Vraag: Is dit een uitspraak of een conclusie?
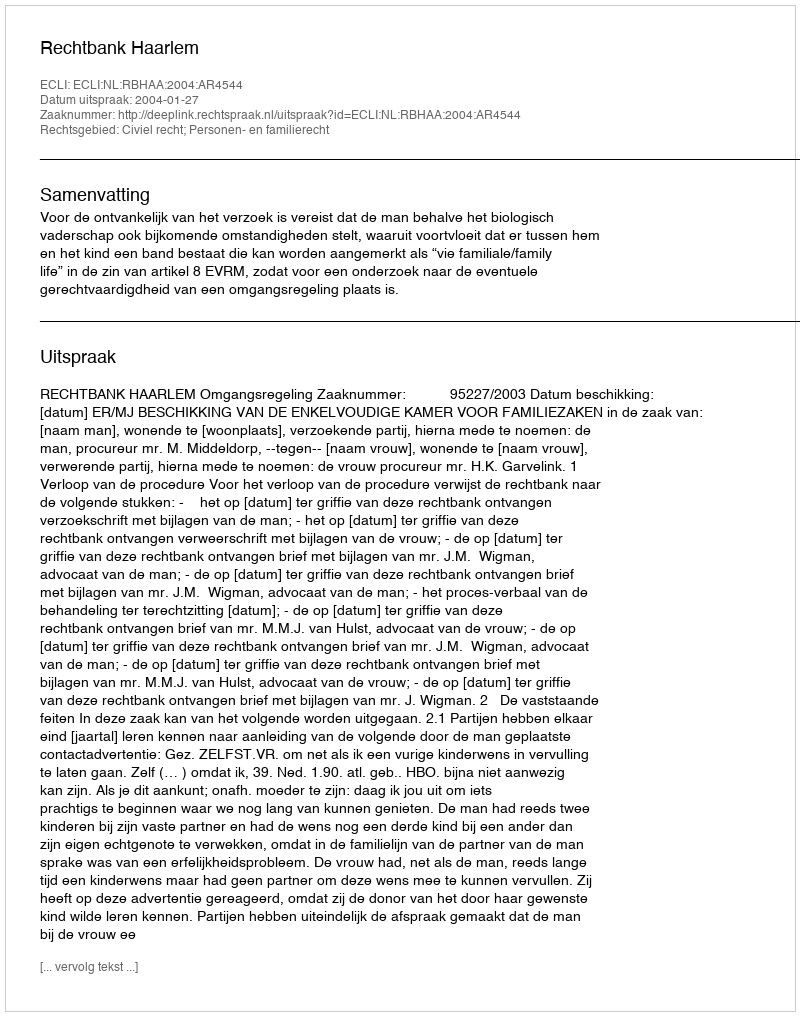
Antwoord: Uitspraak